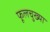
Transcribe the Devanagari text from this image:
फूलचुख्या